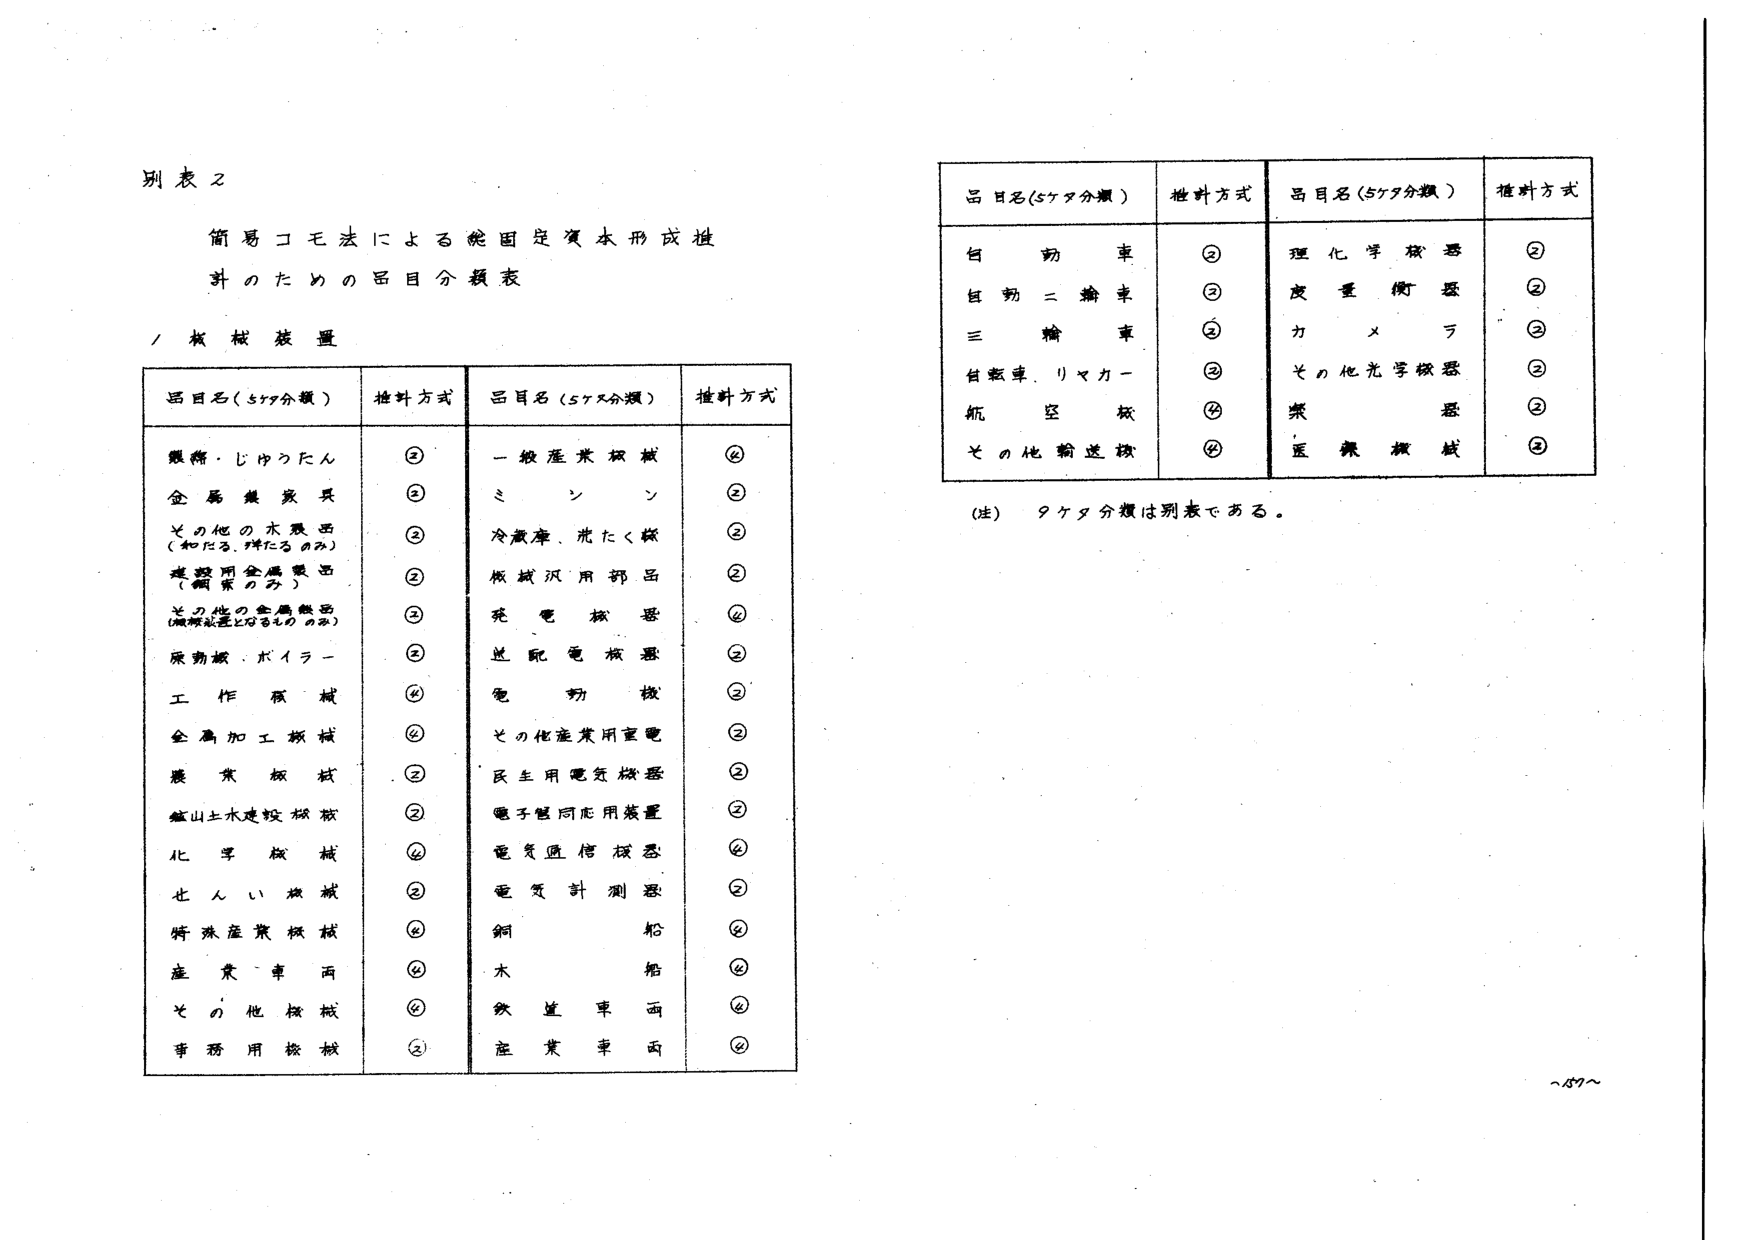
別表２

簡易コモ法による固定資本形成推計のための品目分類表

／機械装置

品目名（５ケタ分類）　　推計方式　　品目名（５ケタ分類）　　推計方式

鉄筋・じゅうたん　　　　②　　　　一般産業機械　　　　④
金属製家具　　　　　　②　　　　ミシン　　　　　　　②
その他の木製品　　　　②　　　　冷蔵庫、光たく器　　　②
（和だる、弾たるのみ）　　　　　　板試沢用部品　　　　②
建設用金属製品　　　　②　　　　発電機器　　　　　　④
（鋼索のみ）　　　　　　　　　　送配電機器　　　　　②
その他の金属製品　　　②　　　　電動機　　　　　　　②
（鋼索を含むもののみ）　　　　　　その他産業用重電　　　②
原動機・ボイラー　　　②　　　　民生用電気機器　　　　②
工作機械　　　　　　　④　　　　電子制御応用装置　　　②
金属加工機械　　　　　④　　　　電気通信機器　　　　④
農業機械　　　　　　　②　　　　電気計測器　　　　　②
鉱山土木建設機械　　　②　　　　鋼船　　　　　　　　④
化学機械　　　　　　　④　　　　木船　　　　　　　　④
せんい機械　　　　　　②　　　　鉄道車両　　　　　　④
特殊産業機械　　　　　④　　　　産業車両　　　　　　④
産業車両　　　　　　　④　　　　その他機械　　　　　④
事務用機械　　　　　　②

品目名（５ケタ分類）　　推計方式　　品目名（５ケタ分類）　　推計方式

自動車　　　　　　　　②　　　　理化学機器　　　　　②
自動二輪車　　　　　　②　　　　度量衡器　　　　　　②
三輪車　　　　　　　　②　　　　カメラ　　　　　　　②
自転車、リヤカー　　　②　　　　その他光学機器　　　②
航空機　　　　　　　　④　　　　楽器　　　　　　　　②
その他輸送機　　　　　④　　　　医療機械　　　　　　②

（注）　９ケタ分類は別表である。

～87～